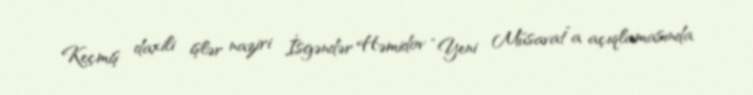
Keçmiş daxili işlər naziri İsgəndər Həmidov “Yeni Müsavat”a açıqlamasında